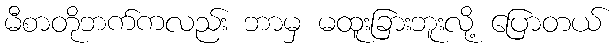
မီစာတိုဘက်ကလည်း ဘာမှ မထူးခြားဘူးလို့ ပြောတယ်